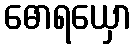
ဓောရယှော